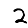
Digit: 2